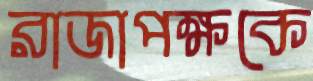
রাজাপক্ষকে